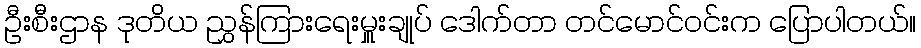
ဦးစီးဌာန ဒုတိယ ညွှန်ကြားရေးမှူးချုပ် ဒေါက်တာ တင်မောင်ဝင်းက ပြောပါတယ်။